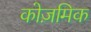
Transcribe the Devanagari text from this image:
कोज़मिक